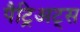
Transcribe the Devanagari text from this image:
पैट्रिअट्स